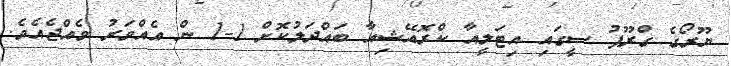
ޔޫރޯގެ ގްރޫޕު ސީގައި އިޓަލީއާ ކްރޮއޭޝިއާ ބައްދަލުކޮށް 1-1 ން އެއްވަރު ވެއްޖެއެވެ.